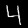
Digit: 4